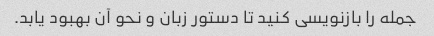
جمله را بازنویسی کنید تا دستور زبان و نحو آن بهبود یابد.